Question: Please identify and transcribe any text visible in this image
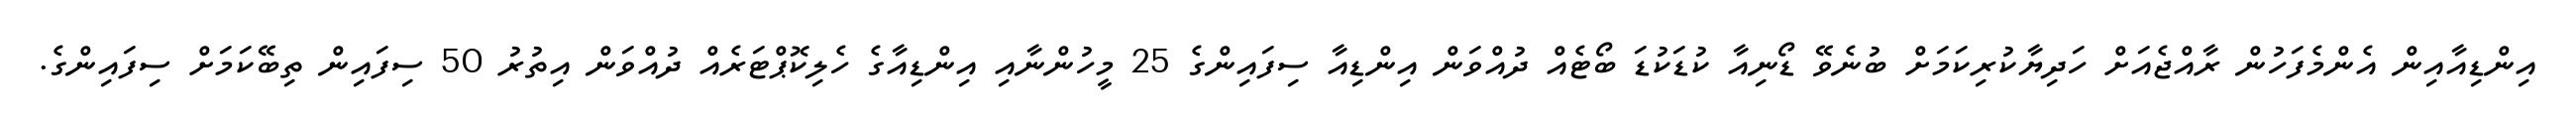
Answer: އިންޑިއާއިން އެންމެފަހުން ރާއްޖެއަށް ހަދިޔާކުރިކަމަށް ބުނެވޭ ޑޯނިއާ ކުޑަކުޑަ ބޯޓެއް ދުއްވަން އިންޑިއާ ސިފައިންގެ 25 މީހުންނާއި އިންޑިއާގެ ހެލިކޮޕްޓަރެއް ދުއްވަން އިތުރު 50 ސިފައިން ތިބޭކަމަށް ސިފައިންގެ.